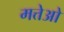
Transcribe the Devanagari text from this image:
मत्तेओ